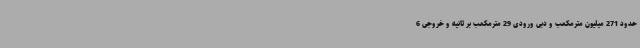
حدود 271 میلیون مترمکعب و دبی ورودی 29 مترمکعب بر ثانیه و خروجی 6